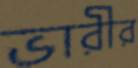
ভারীর